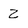
Character: z